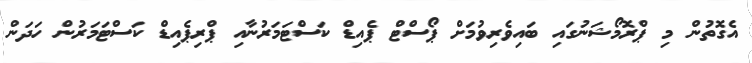
އެގޮތުން މި ޕްރޮމޯޝަނުގައި ބައިވެރިވުމަށް ޕޯސްޓް ޕެއިޑް ކަސްޓަމަރުނާއި ޕްރިޕެއިޑް ކަސްޓަމަރުން ހަދަން